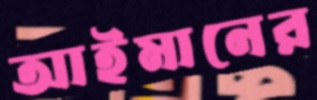
আইমানের